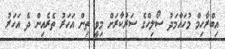
އިބްރާހިމް މުހައްމަދު ސޯލިހްގެ ސަރުކާރަށް މިވީ ތިން އަހަރު ތެރެއިން ދެ އަހަރު